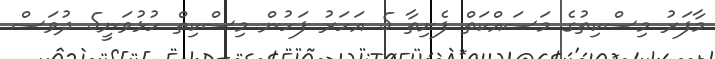
މާފަރު މިސްކިތުގެ މަސައްކަތް ފެށިތާ 5 އަހަރު ފަހުން މިސްކިތް ހުޅުވަނީ5 ދުވަސް